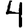
Digit: 4